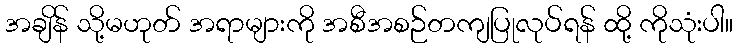
အချိန် သို့မဟုတ် အရာများကို အစီအစဉ်တကျပြုလုပ်ရန် ထို့ ကိုသုံးပါ။